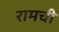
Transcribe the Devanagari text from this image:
रामची